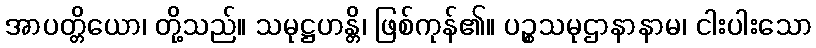
အာပတ္တိယော၊ တို့သည်။ သမုဋ္ဌဟန္တိ၊ ဖြစ်ကုန်၏။ ပဉ္စသမုဌာနာနာမ၊ ငါးပါးသော